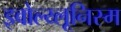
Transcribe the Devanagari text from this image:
इवोल्य्लूनिस्म